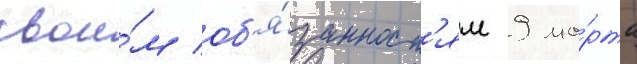
свои́м об'я́занност'ям 9 ма́рта